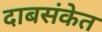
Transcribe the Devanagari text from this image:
दाबसंकेत